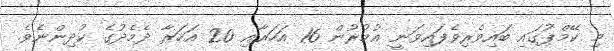
މި ކޭމްޕުގައި ބައިވެރިވެފައިވަނީ އުމުރުން 16 އަހަރާއި 20 އަހަރާ ދެމެދުގެ ކުދިންނެވެ.